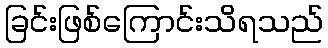
ခြင်းဖြစ်ကြောင်းသိရသည်